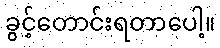
ခွင့်တောင်းရတာပေါ့။